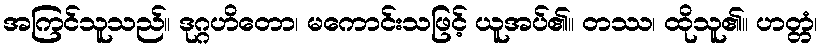
အကြင်သူသည်။ ဒုဂ္ဂဟိတော၊ မကောင်းသဖြင့် ယူအပ်၏။ တဿ၊ ထိုသူ၏။ ဟတ္တံ၊